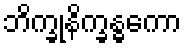
ဘိက္ခုနိက္ခန္ဓကော